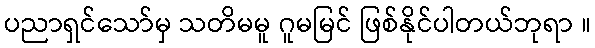
ပညာရှင်သော်မှ သတိမမူ ဂူမမြင် ဖြစ်နိုင်ပါတယ်ဘုရာ ။